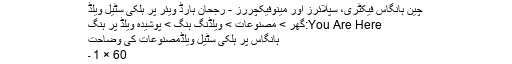
چین ہانگاس فیکٹری، سپلائرز اور مینوفیکچررز - رجحان ہارڈ ویئر پر ہلکی سٹیل ویلڈ
You Are Here:گھر > مصنوعات > ویلڈنگ ہنگ > پوشیدہ ویلڈ پر ہنگ
ہانگاس پر ہلکی سٹیل ویلڈمصنوعات کی وضاحت
60 × 1 ۔